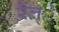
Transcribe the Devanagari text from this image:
रैल्े